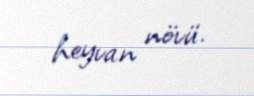
heyvan növü.